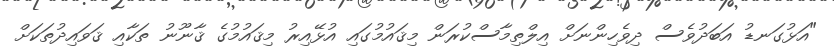
"އަޅުގަނޑު އަބަދުވެސް ދިވެހިންނަށް އިލްތިމާސްކުރަން މިޤައުމުގައި އުޅޭއިރު މިޤައުމުގެ ޤާނޫނު ތަކާއި ޤަވައިދުތަކަށް